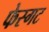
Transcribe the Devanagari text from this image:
फेस्गट